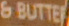
6 BUTTER